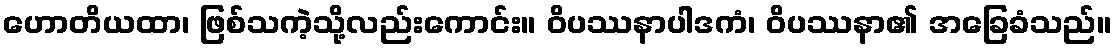
ဟောတိယထာ၊ ဖြစ်သကဲ့သို့လည်းကောင်း။ ဝိပဿနာပါဒကံ၊ ဝိပဿနာ၏ အခြေခံသည်။